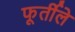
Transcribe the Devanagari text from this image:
फूर्तीले